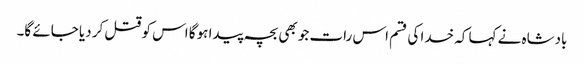
بادشاہ نے کہا کہ خدا کی قسم اس رات جو بھی بچہ پیدا ہوگا اس کو قتل کر دیا جائے گا۔